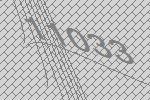
11033